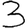
Digit: 3